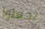
يجعلوا